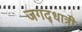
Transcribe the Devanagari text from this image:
जगद्‌धात्री